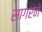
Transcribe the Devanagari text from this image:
सागरने